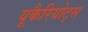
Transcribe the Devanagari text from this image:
यूकैरियोट्स